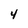
Character: 4